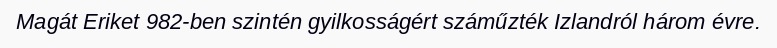
Magát Eriket 982-ben szintén gyilkosságért száműzték Izlandról három évre.